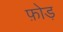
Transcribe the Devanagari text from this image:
फ़ोड़